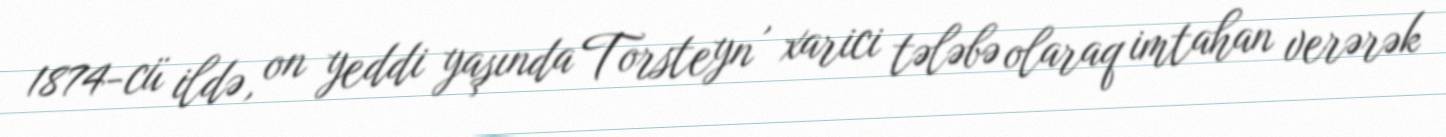
1874-cü ildə, on yeddi yaşında Torsteyn , xarici tələbə olaraq imtahan verərək